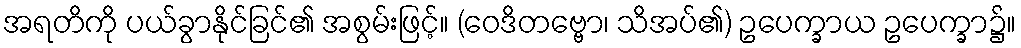
အရတိကို ပယ်ခွာနိုင်ခြင်၏ အစွမ်းဖြင့်။ (ဝေဒိတဗ္ဗော၊ သိအပ်၏) ဥပေက္ခာယ ဥပေက္ခာ၌။